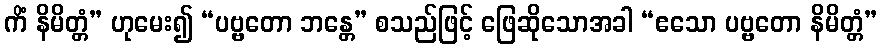
ကိံ နိမိတ္တံ” ဟုမေး၍ “ပဗ္ဗတော ဘန္တေ” စသည်ဖြင့် ဖြေဆိုသောအခါ “ဧသော ပဗ္ဗတော နိမိတ္တံ”